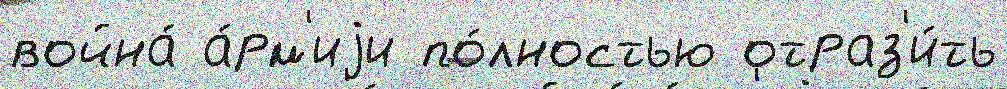
война́ а́рм'иjи по́лностью отраз'и́ть